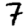
Digit: 7